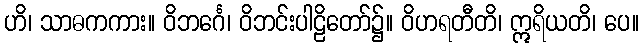
ဟိ၊ သာဓကကား။ ဝိဘင်္ဂေ၊ ဝိဘင်းပါဠိတော်၌။ ဝိဟရတီတိ၊ ဣရိယတိ၊ ပေ။